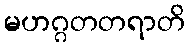
မဟဂ္ဂတတရာတိ